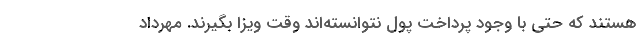
هستند که حتی با وجود پرداخت پول نتوانسته‌اند وقت ویزا بگیرند. مهرداد